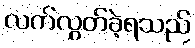
လက်လွှတ်ခဲ့ရသည်